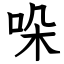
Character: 哚